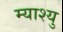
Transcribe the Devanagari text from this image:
म्याश्यु